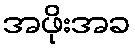
အဖိုးအခ